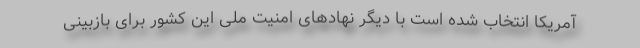
آمریکا انتخاب شده است با دیگر نهاد‌های امنیت ملی این کشور برای بازبینی